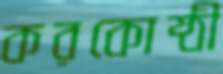
করকোষ্ঠী